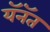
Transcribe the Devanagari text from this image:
यॅनॅत